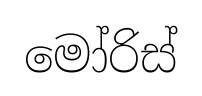
මෝරිස්